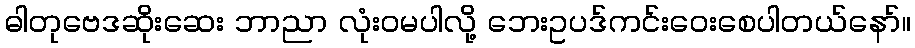
ဓါတုဗေဒဆိုးဆေး ဘာညာ လုံးဝမပါလို့ ဘေးဥပဒ်ကင်းဝေးစေပါတယ်နော်။